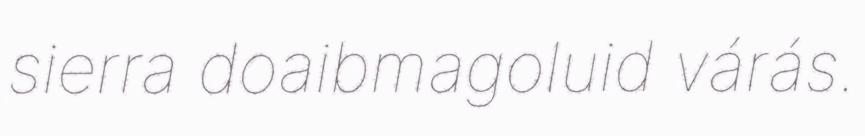
sierra doaibmagoluid várás.